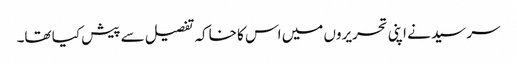
سر سید نے اپنی تحریروں میں اس کا خاکہ تفصیل سے پیش کیا تھا۔